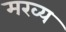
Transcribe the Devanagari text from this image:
मख्य